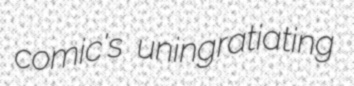
comic's uningratiating